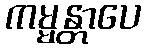
ကမ္မန္တာပေ